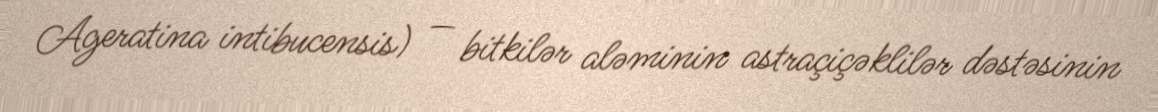
Ageratina intibucensis) — bitkilər aləminin astraçiçəklilər dəstəsinin